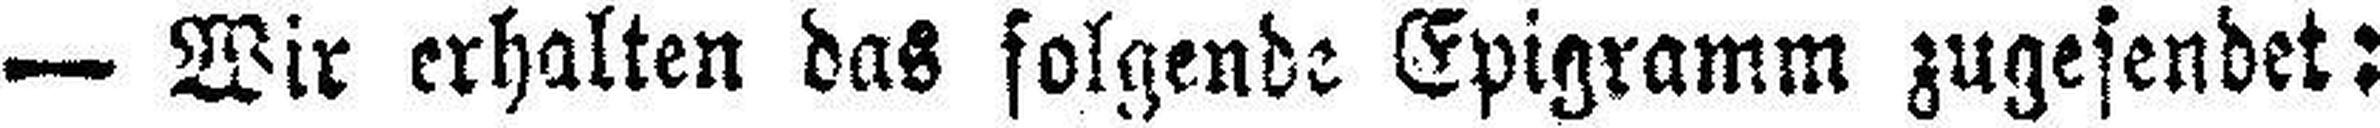
— Wir erhalten das folgende Epigramm zugesendet: